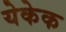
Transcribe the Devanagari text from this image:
येकेक